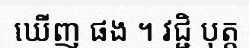
ឃើញ ផង ។ វជ្ជិ បុត្ត